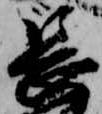
長